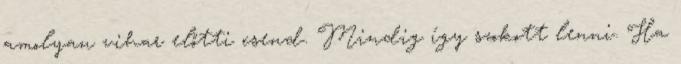
amolyan vihar előtti csend. Mindig így szokott lenni. Ha